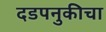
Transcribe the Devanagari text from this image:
दडपनुकीचा